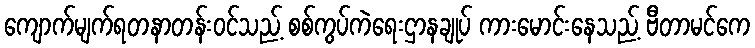
ကျောက်မျက်ရတနာတန်းဝင်သည့် စစ်ကွပ်ကဲရေးဌာနချုပ် ကားမောင်းနေသည့် ဗီတာမင်ကေ